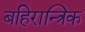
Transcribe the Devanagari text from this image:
बहिरान्त्रिक